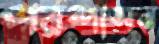
পরশাসন